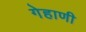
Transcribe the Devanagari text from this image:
गेहाणी